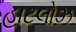
હાટલોઝ